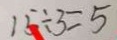
1 5 \div 3 = 5